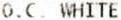
O.C. WHITE